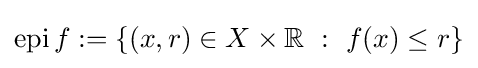
\operatorname {epi} f:=\left\{(x,r)\in X\times \mathbb {R} ~:~f(x)\leq r\right\}